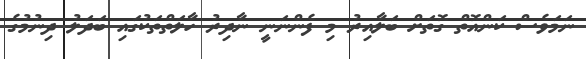
ނަމަވެސް ކަންއޮތް ގޮތަށް ބަލާއިރު މި ފެންނަނީ ނާދިރު ހާލަތްތަކުގައި ބަދަލު ދިނުމުގެ